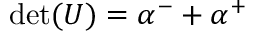
\operatorname* { d e t } ( U ) = \alpha ^ { - } + \alpha ^ { + }